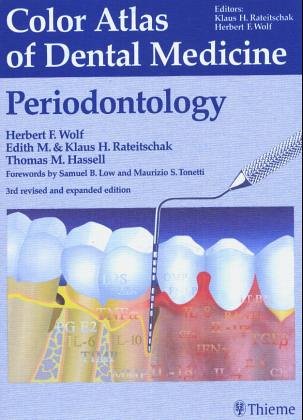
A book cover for Color Atlas of Dental Medicine 1: Periodontology; Klaus H. Rateitschak; Medical Books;